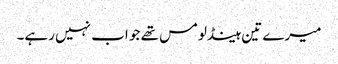
میرے تین ہینڈلومس تھے جو اب نہیں رہے۔